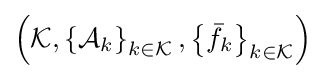
\left({\mathcal {K}},\left\lbrace {\mathcal {A}}_{k}\right\rbrace _{k\in {\mathcal {K}}},\left\lbrace {\bar {f}}_{k}\right\rbrace _{k\in {\mathcal {K}}}\right)